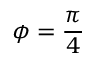
\phi = { \frac { \pi } { 4 } }